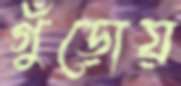
গুঁড়োয়